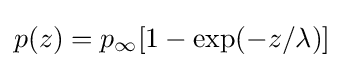
p(z)=p_{\infty }[1-\exp(-z/\lambda )]